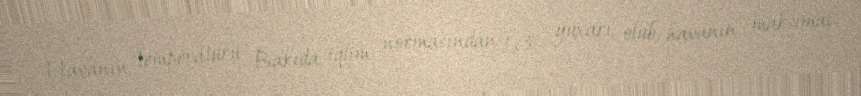
Havanın temperaturu Bakıda iqlim normasından 1.3° yuxarı olub, havanın maksimal